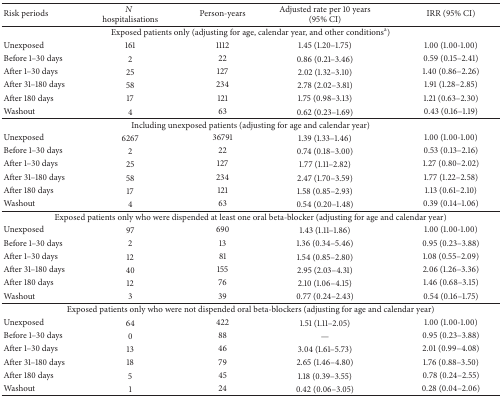
<table><thead><tr><td><b>Risk periods</b></td><td><b><i>N</i> hospitalisations</b></td><td><b>Person-years</b></td><td><b>Adjusted rate per 10 years (95% CI)</b></td><td><b>IRR (95% CI)</b></td></tr></thead><tbody><tr><td colspan="5">Exposed patients only (adjusting for age, calendar year, and other conditions<sup>a</sup>)</td></tr><tr><td>Unexposed</td><td>161</td><td>1112</td><td>1.45 (1.20–1.75)</td><td>1.00 (1.00-1.00)</td></tr><tr><td>Before 1–30 days</td><td>2</td><td>22</td><td>0.86 (0.21–3.46)</td><td>0.59 (0.15–2.41)</td></tr><tr><td>After 1–30 days</td><td>25</td><td>127</td><td>2.02 (1.32–3.10)</td><td>1.40 (0.86–2.26)</td></tr><tr><td>After 31–180 days</td><td>58</td><td>234</td><td>2.78 (2.02–3.81)</td><td>1.91 (1.28–2.85)</td></tr><tr><td>After 180 days</td><td>17</td><td>121</td><td>1.75 (0.98–3.13)</td><td>1.21 (0.63–2.30)</td></tr><tr><td>Washout</td><td>4</td><td>63</td><td>0.62 (0.23–1.69)</td><td>0.43 (0.16–1.19)</td></tr><tr><td colspan="5">Including unexposed patients (adjusting for age and calendar year) </td></tr><tr><td>Unexposed</td><td>6267</td><td>36791</td><td>1.39 (1.33–1.46)</td><td>1.00 (1.00-1.00)</td></tr><tr><td>Before 1–30 days</td><td>2</td><td>22</td><td>0.74 (0.18–3.00)</td><td>0.53 (0.13–2.16)</td></tr><tr><td>After 1–30 days</td><td>25</td><td>127</td><td>1.77 (1.11–2.82)</td><td>1.27 (0.80–2.02)</td></tr><tr><td>After 31–180 days</td><td>58</td><td>234</td><td>2.47 (1.70–3.59)</td><td>1.77 (1.22–2.58)</td></tr><tr><td>After 180 days</td><td>17</td><td>121</td><td>1.58 (0.85–2.93)</td><td>1.13 (0.61–2.10)</td></tr><tr><td>Washout</td><td>4</td><td>63</td><td>0.54 (0.20–1.48)</td><td>0.39 (0.14–1.06)</td></tr><tr><td colspan="5">Exposed patients only who were dispended at least one oral beta-blocker (adjusting for age and calendar year)</td></tr><tr><td>Unexposed</td><td>97</td><td>690</td><td>1.43 (1.11–1.86)</td><td>1.00 (1.00-1.00)</td></tr><tr><td>Before 1–30 days</td><td>2</td><td>13</td><td>1.36 (0.34–5.46)</td><td>0.95 (0.23–3.88)</td></tr><tr><td>After 1–30 days</td><td>12</td><td>81</td><td>1.54 (0.85–2.80)</td><td>1.08 (0.55–2.09)</td></tr><tr><td>After 31–180 days</td><td>40</td><td>155</td><td>2.95 (2.03–4.31)</td><td>2.06 (1.26–3.36)</td></tr><tr><td>After 180 days</td><td>12</td><td>76</td><td>2.10 (1.06–4.15)</td><td>1.46 (0.68–3.15)</td></tr><tr><td>Washout</td><td>3</td><td>39</td><td>0.77 (0.24–2.43)</td><td>0.54 (0.16–1.75)</td></tr><tr><td colspan="5">Exposed patients only who were not dispended oral beta-blockers (adjusting for age and calendar year)</td></tr><tr><td>Unexposed</td><td>64</td><td>422</td><td>1.51 (1.11–2.05)</td><td>1.00 (1.00-1.00)</td></tr><tr><td>Before 1–30 days</td><td>0</td><td>88</td><td>—</td><td>0.95 (0.23–3.88)</td></tr><tr><td>After 1–30 days</td><td>13</td><td>46</td><td>3.04 (1.61–5.73)</td><td>2.01 (0.99–4.08)</td></tr><tr><td>After 31–180 days</td><td>18</td><td>79</td><td>2.65 (1.46–4.80)</td><td>1.76 (0.88–3.50)</td></tr><tr><td>After 180 days</td><td>5</td><td>45</td><td>1.18 (0.39–3.55)</td><td>0.78 (0.24–2.55)</td></tr><tr><td>Washout</td><td>1</td><td>24</td><td>0.42 (0.06–3.05)</td><td>0.28 (0.04–2.06)</td></tr></tbody></table>